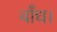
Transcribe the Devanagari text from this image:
बाँध।